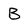
Character: B